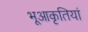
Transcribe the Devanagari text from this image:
भूआकृतियां